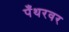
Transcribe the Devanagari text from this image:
पँथरवर